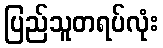
ပြည်သူတရပ်လုံး